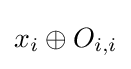
x_{i}\oplus O_{i,i}